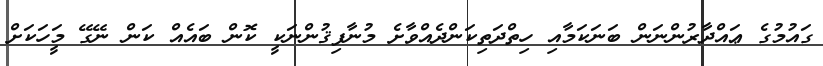
ގައުމުގެ ޢައްދާރުންނަން ބަނަކަމާއި ހިތްދަތިކަންދެއްވާށެ މުނާފިޤުންނަކީ ކޮން ބައެއް ކަން ނޭގޭ މީަހަކަށް